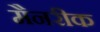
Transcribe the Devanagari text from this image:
मैनरीक